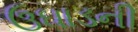
ઉઘાડની